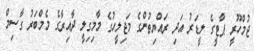
ޖުމްހޫރީ ޕާޓީގެ ލީޑަރު އަދި ރައްޔިތުންގެ މަޖިލީހުގެ މާމިގިލީ ދާއިރާގެ މެމްބަރު ގާސިމް